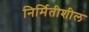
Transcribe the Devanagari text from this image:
निर्मितीशील